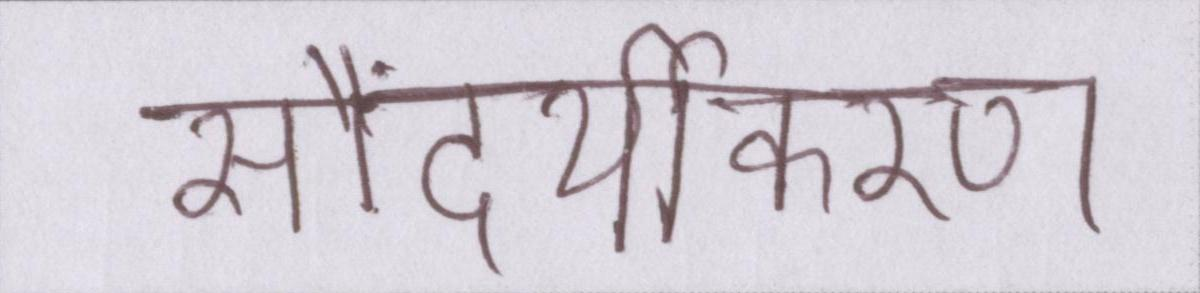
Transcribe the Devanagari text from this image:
सौंदर्यीकरण